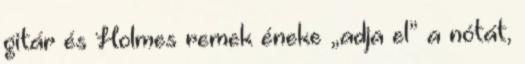
gitár és Holmes remek éneke „adja el” a nótát,